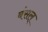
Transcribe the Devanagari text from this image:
बंसल्